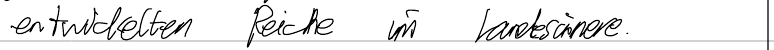
entwickelten Reich im Landesinnere.